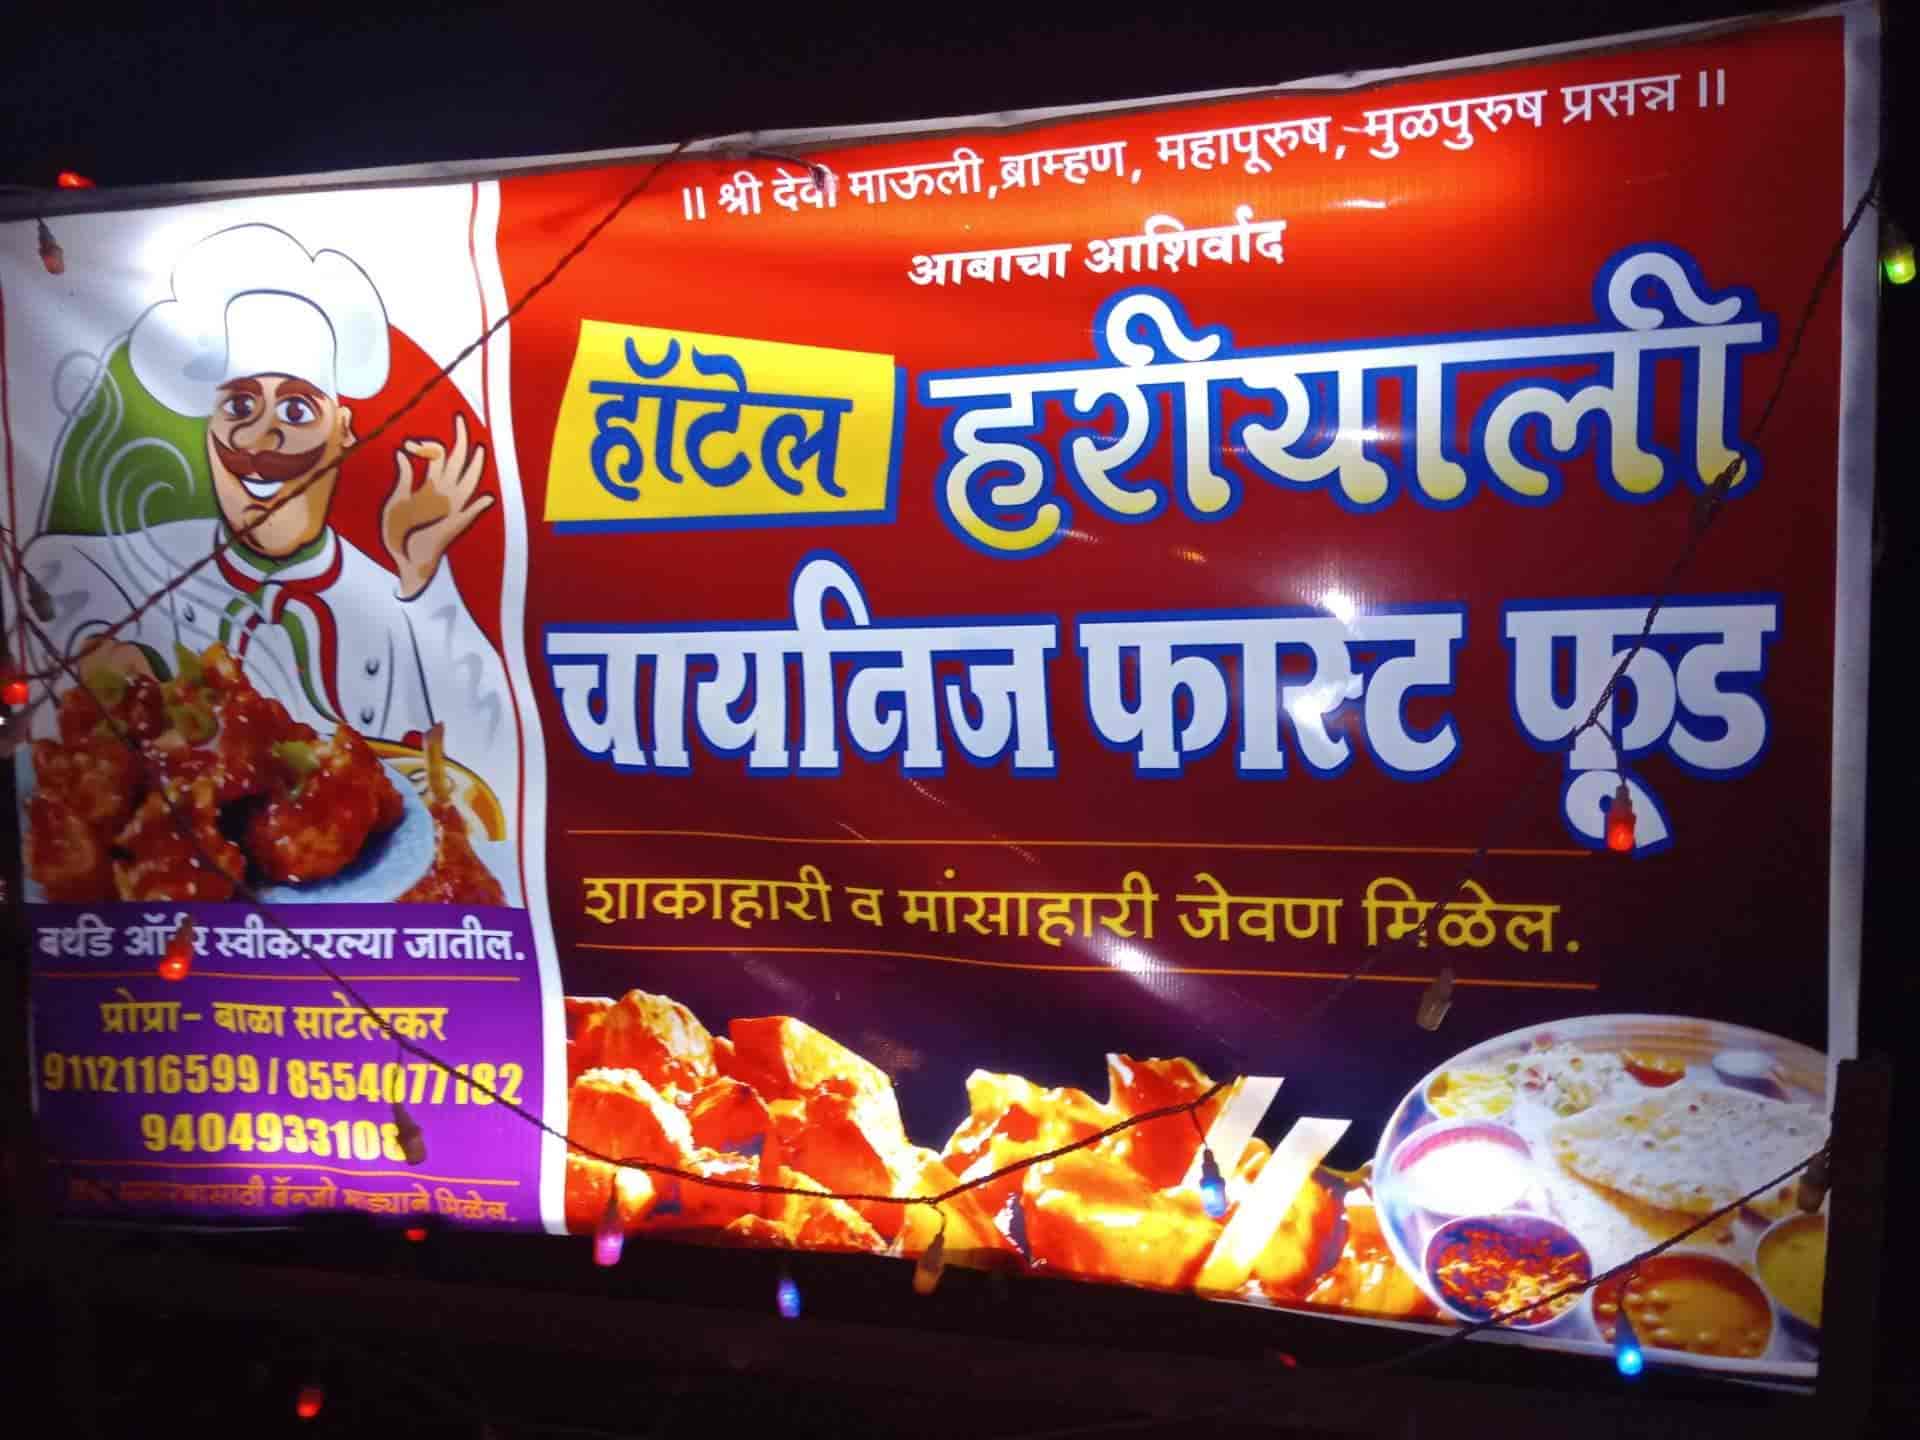
Language: marathi
Transcription: आबाचा हरीयाली हॉटेल शाकाहारी व बर्थडे बाळा साटेलकर मांसाहारी मिळेल. ।।श्री मुळपुरुष चायनिज प्रसन्न|| आशिर्वाद फास्ट जातील. जेवण प्रोप्रा-